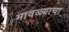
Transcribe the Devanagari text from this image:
मावळ्याचा